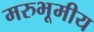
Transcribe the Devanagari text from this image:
मरुभूमीय